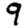
Digit: 9